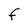
Character: F